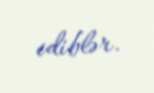
ediblər.